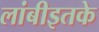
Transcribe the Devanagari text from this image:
लांबीइतके